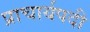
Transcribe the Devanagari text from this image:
प्राचार्यपदी